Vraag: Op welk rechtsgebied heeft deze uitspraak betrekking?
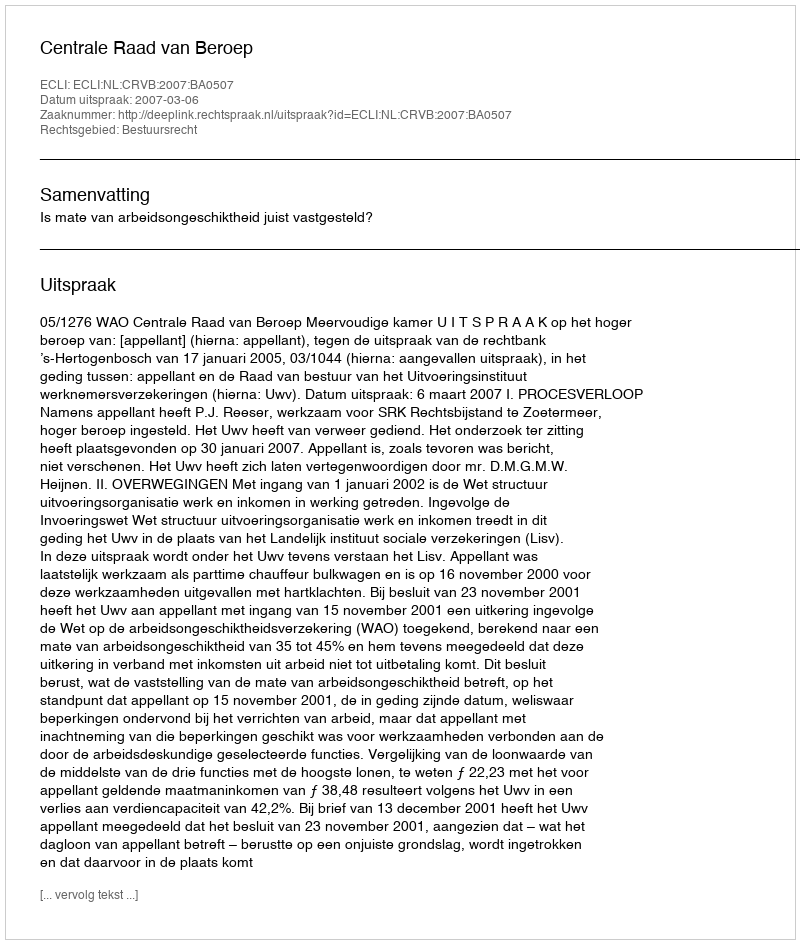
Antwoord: Bestuursrecht